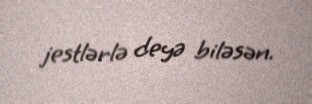
jestlərlə deyə biləsən.